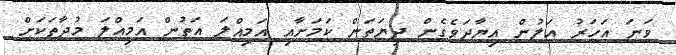
ވަނަ އަހަރު އަލުން އިޔާދަވެގެން ދިޔަތަން ކަމަށާއި އަމިއްލަ އަތުން އަމިއްލަ މުދާތަކަށް